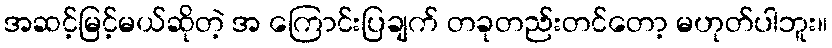
အဆင့်မြင့်မယ်ဆိုတဲ့ အ ကြောင်းပြချက် တခုတည်းတင်တော့ မဟုတ်ပါဘူး။